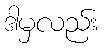
ဒါမှလည်း